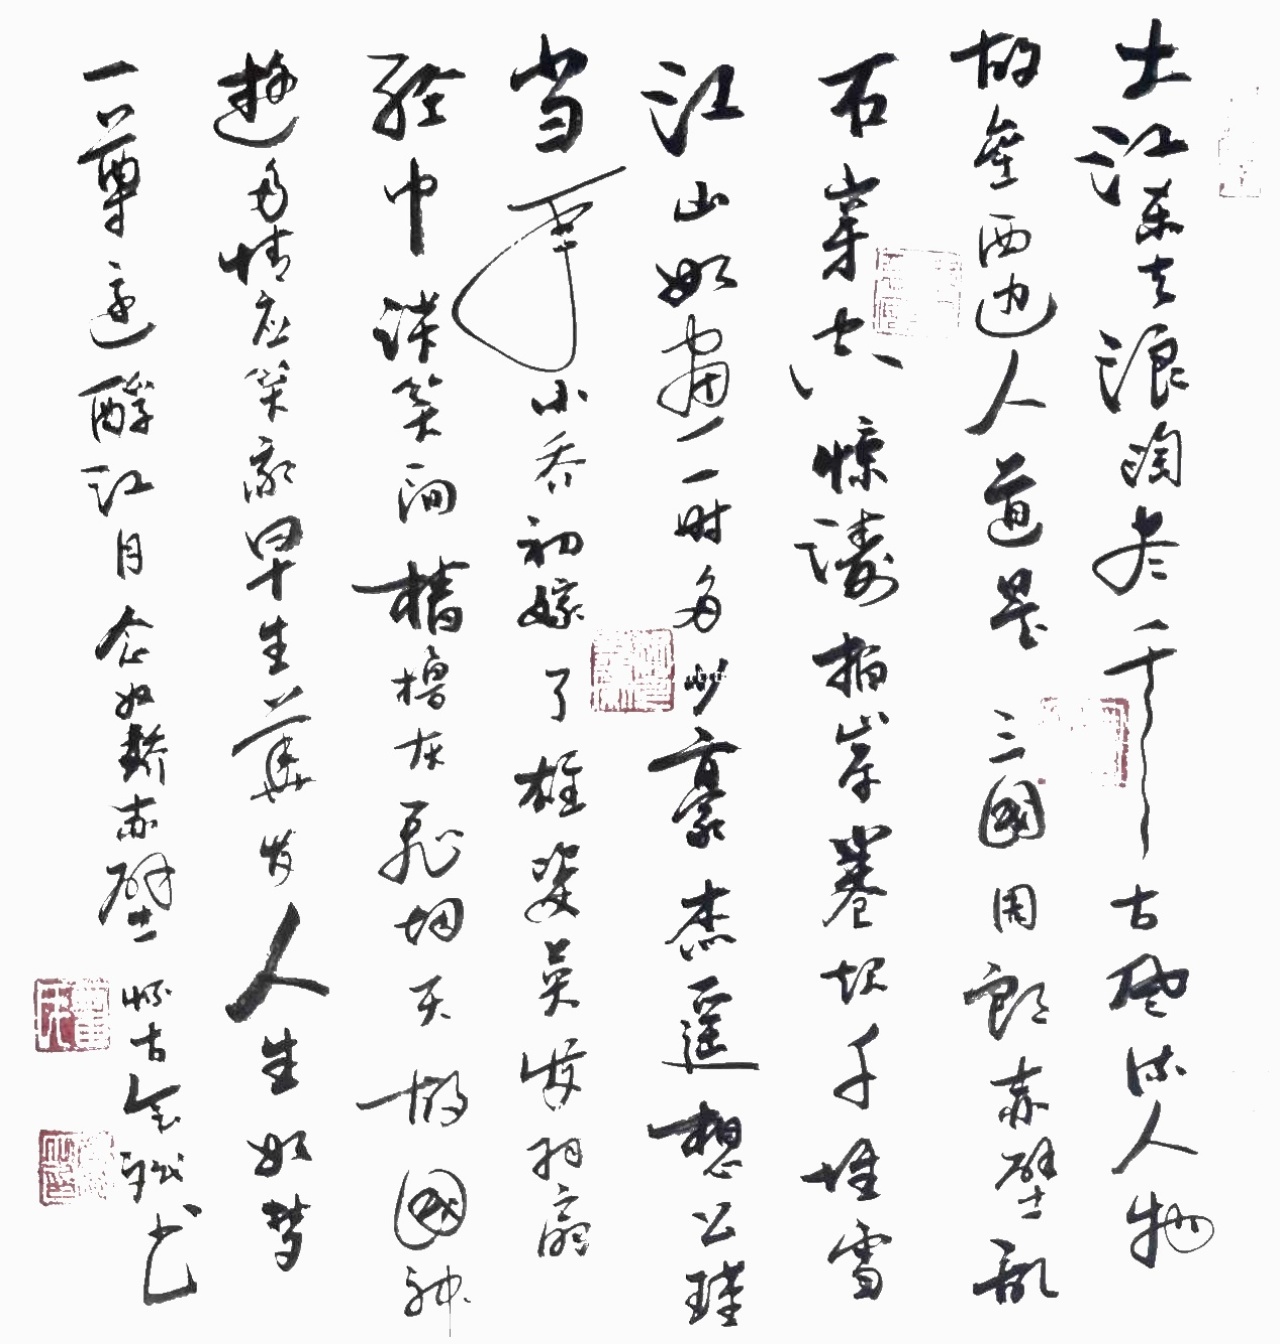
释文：大江东去，浪淘尽，千古风流人物。故垒西边，人道是，三国周郎赤壁。乱石穿空，惊涛拍岸，卷起千堆雪。江山如画，一时多少豪杰。遥想公瑾当年，小乔初嫁了，雄姿英发。羽扇纶巾，谈笑间，樯橹灰飞烟灭。故国神游，多情应笑我，早生华发。人生如梦，一尊还酹江月。霍会斌